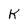
Character: K